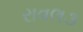
રાવલ૩